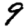
Digit: 9